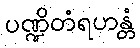
ပဏ္ဍိတံရဟန္တံ